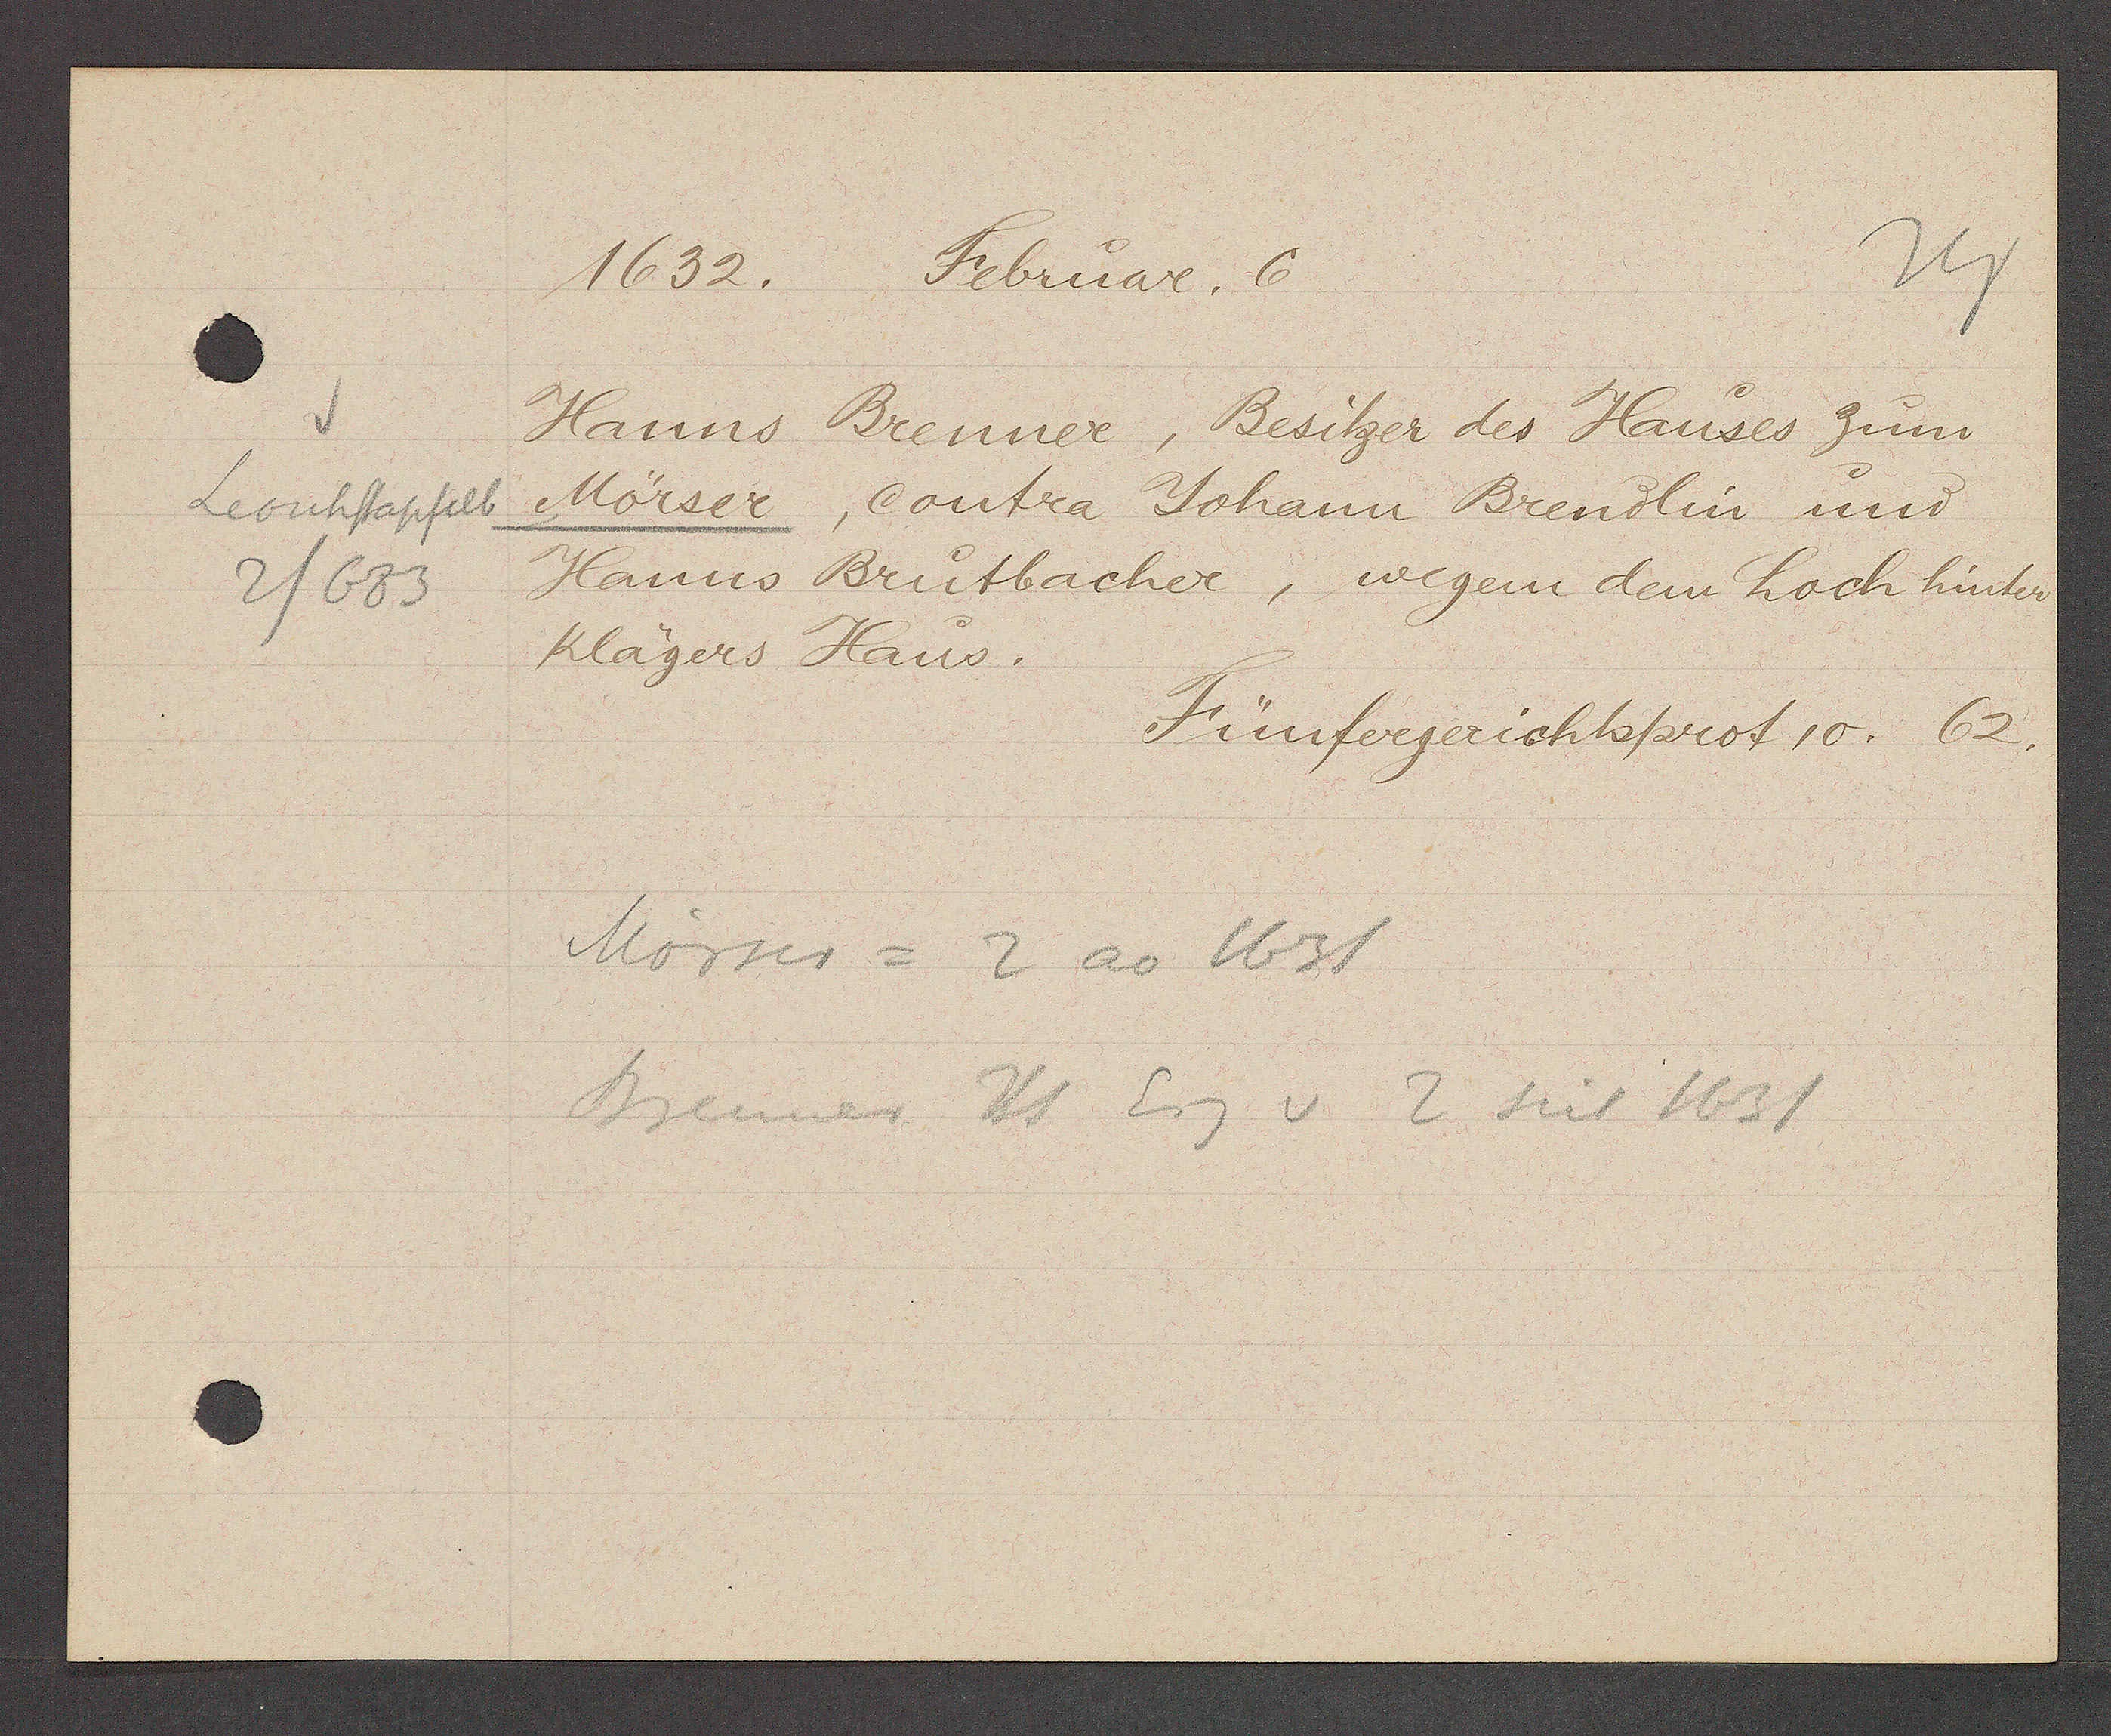
Transcript:
Leonhstapfelb
2/683

1632. Februar. 6

Hanns Brenner, Besitzer des Hauses zum
Mörser, contra Johann Brendlin und
Hanns Brutbacher, wegem dem hoch hinter
Klägers Haus.

Fünfergerichtsprot 10. 62.

Mörser = 2 ao 1631
Brenner Hs Eig v 2 seit 1631